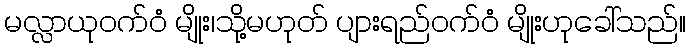
မလ္လာယုဝက်ဝံ မျိုး၊သို့မဟုတ် ပျားရည်ဝက်ဝံ မျိုးဟုခေါ်သည်။